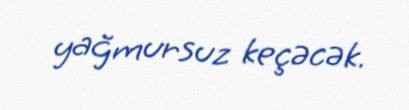
yağmursuz keçəcək.